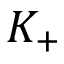
K _ { + }